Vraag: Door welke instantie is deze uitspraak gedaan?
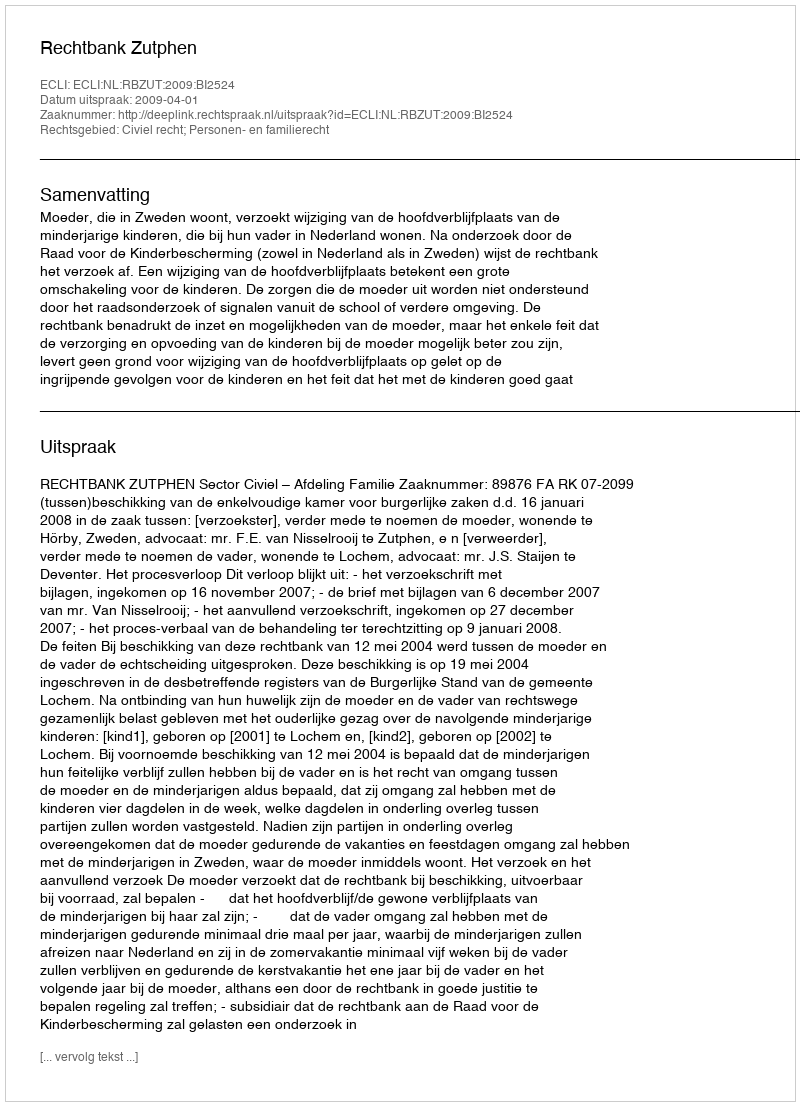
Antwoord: Rechtbank Zutphen